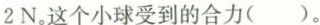
2N。这个小球受到的合力( )。